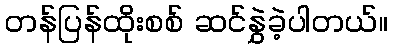
တန်ပြန်ထိုးစစ် ဆင်နွှဲခဲ့ပါတယ်။